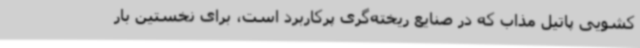
کشویی پاتیل مذاب که در صنایع ریخته‌گری پرکاربرد است، برای نخستین بار